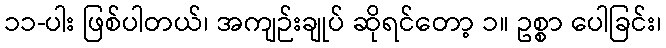
၁၁-ပါး ဖြစ်ပါတယ်၊ အကျဉ်းချုပ် ဆိုရင်တော့ ၁။ ဥစ္စာ ပေါခြင်း၊